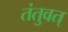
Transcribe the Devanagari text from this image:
तंतुवत्